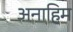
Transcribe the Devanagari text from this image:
अनाहिम